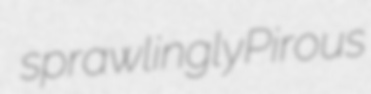
sprawlingly Pirous